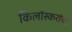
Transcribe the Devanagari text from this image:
किर्लोस्करांचा